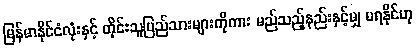
မြန်မာနိုင်ငံလုံးနှင့် တိုင်းသူပြည်သားများကိုကား မည်သည့်နည်းနှင့်မျှ မရနိုင်ဟု